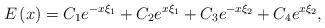
LaTeX: \begin{align*}E\left( x\right) =C_1e^{-x\xi _1}+C_2e^{x\xi _1}+C_3e^{-x\xi _2}+C_4e^{x\xi_2}, \end{align*}